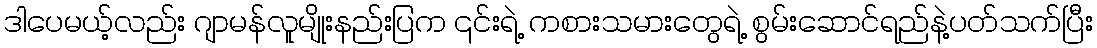
ဒါပေမယ့်လည်း ဂျာမန်လူမျိုးနည်းပြက ၎င်းရဲ့ ကစားသမားတွေရဲ့ စွမ်းဆောင်ရည်နဲ့ပတ်သက်ပြီး